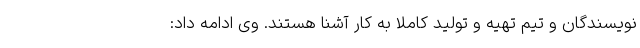
نویسندگان و تیم تهیه و تولید کاملا به کار آشنا هستند. وی ادامه داد: